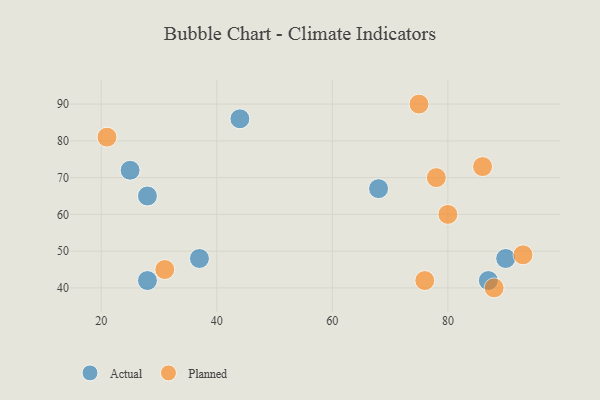
{"axis": {"x": "GDP", "y": "Life Expectancy"}, "legend": ["Actual", "Planned"], "data": [{"x": "87", "y": 42, "type": "Actual"}, {"x": "28", "y": 42, "type": "Actual"}, {"x": "68", "y": 67, "type": "Actual"}, {"x": "44", "y": 86, "type": "Actual"}, {"x": "28", "y": 65, "type": "Actual"}, {"x": "37", "y": 48, "type": "Actual"}, {"x": "25", "y": 72, "type": "Actual"}, {"x": "90", "y": 48, "type": "Actual"}, {"x": "76", "y": 42, "type": "Planned"}, {"x": "31", "y": 45, "type": "Planned"}, {"x": "75", "y": 90, "type": "Planned"}, {"x": "80", "y": 60, "type": "Planned"}, {"x": "86", "y": 73, "type": "Planned"}, {"x": "93", "y": 49, "type": "Planned"}, {"x": "21", "y": 81, "type": "Planned"}, {"x": "88", "y": 40, "type": "Planned"}, {"x": "78", "y": 70, "type": "Planned"}]}